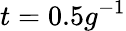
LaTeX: t=0.5g^{-1}